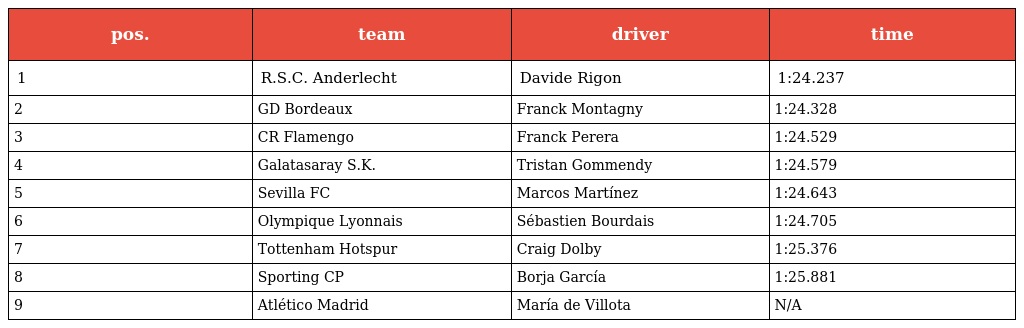
| pos. | team | driver | time |
 | --- | --- | --- | --- |
 | 1 | R.S.C. Anderlecht | Davide Rigon | 1:24.237 |
 | 2 | GD Bordeaux | Franck Montagny | 1:24.328 |
 | 3 | CR Flamengo | Franck Perera | 1:24.529 |
 | 4 | Galatasaray S.K. | Tristan Gommendy | 1:24.579 |
 | 5 | Sevilla FC | Marcos Martínez | 1:24.643 |
 | 6 | Olympique Lyonnais | Sébastien Bourdais | 1:24.705 |
 | 7 | Tottenham Hotspur | Craig Dolby | 1:25.376 |
 | 8 | Sporting CP | Borja García | 1:25.881 |
 | 9 | Atlético Madrid | María de Villota | N/A |